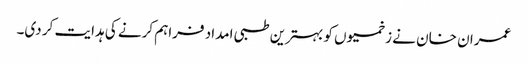
عمران خان نے زخمیوں کو بہترین طبی امداد فراہم کرنے کی ہدایت کر دی۔